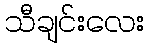
သီချင်းလေး